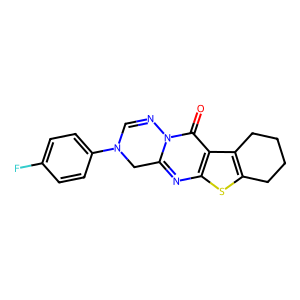
SMILES: O=c1c2c3c(sc2nc2n1N=CN(c1ccc(F)cc1)C2)CCCC3
Inhibits HIV replication: No